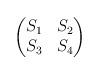
LaTeX: \begin{align*}\begin{pmatrix}S_1 & S_2 \\ S_3 & S_4\end{pmatrix}\end{align*}